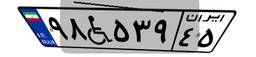
۹۸W۵۳۹۴۵